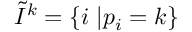
\tilde { I } ^ { k } = \{ i \; | p _ { i } = k \}